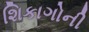
શિકાગોની